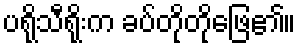
ပရိုသီရိုးက ခပ်တိုတိုဖြေ၏။